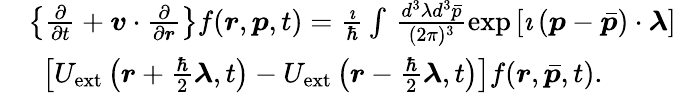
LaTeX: \begin{array}{rl}&{\left\{ \frac{\partial}{\partial{t}}+\boldsymbol{v}\cdot\frac{\partial}{\partial\boldsymbol{r}}\right\} f(\boldsymbol{r},\boldsymbol{p},t)=\frac{\imath}{\hbar}\int\, \frac{d^{3}\lambda{d}^{3}\bar{p}}{(2\pi)^{3}}\exp{\left[\imath\left(\boldsymbol{p}-\boldsymbol{\bar{p}}\right)\cdot\boldsymbol{\lambda}\right]}}\\ &{\, \, \, \left[U_{\mathrm{ext}}\left(\boldsymbol{r}+\frac{\hbar}{2}\boldsymbol{\lambda},t\right)-U_{\mathrm{ext}}\left(\boldsymbol{r}-\frac{\hbar}{2}\boldsymbol{\lambda},t\right)\right]f(\boldsymbol{r},\boldsymbol{\bar{p}},t).}\end{array}